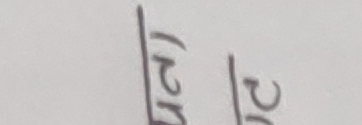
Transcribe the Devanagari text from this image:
(२न २०